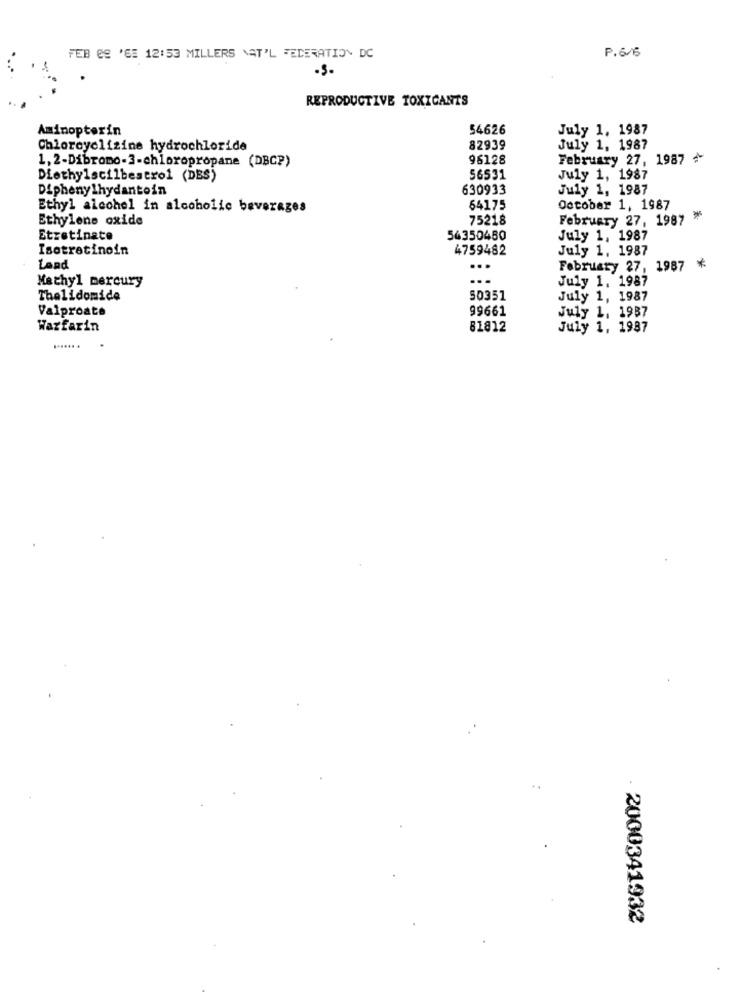
P. 6/6
FEB ES 'GE 12:53 MILLERS NAT'L FEDERATION DC
·S-
REPRODUCTIVE TOXICANTS
Aminopterin
54626
July 1. 1987
Chloreyelizine hydrochloride
82939
July 1, 1987
1,2-Dibromo-3-chloropropane (DBC?)
96128
February 27, 1987 ¢
Diethylscilbestro1 (DBS)
56531
July 1, 1987
Diphenylhydantoin
630933
July 1, 1987
Ethyl alcohol in alcoholic beverages
64175
October 1, 1987
Ethylene oxide
75218
February 27, 1987 *
Etretinate
56350480
July 1, 1987
Isotretinoin
4759482
July 1. 1987
Land
...
February 27, 1987 *
Methyl mercury
July 1. 1987
Thalidomide
50351
July 1, 1987
99661
July 1, 1987
Valproate
Warfarin
81812
July 1, 1987
...... .
...
2000341932